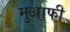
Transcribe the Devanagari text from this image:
मुआफी